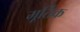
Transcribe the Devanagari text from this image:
मूर्तिक